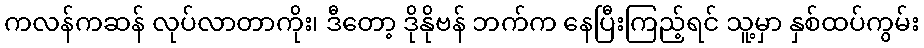
ကလန်ကဆန် လုပ်လာတာကိုး၊ ဒီတော့ ဒိုနိုဗန် ဘက်က နေပြီးကြည့်ရင် သူ့မှာ နှစ်ထပ်ကွမ်း